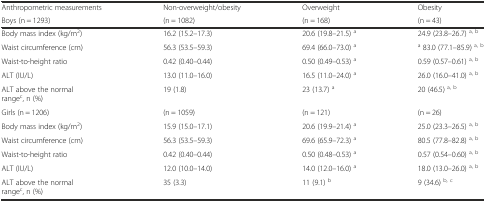
| Anthropometric measurements | Non-overweight/obesity | Overweight | Obesity |
 | Boys (n = 1293) | (n = 1082) | (n = 168) | (n = 43) |
 | --- | --- | --- | --- |
 | Body mass index (kg/m2) | 16.2 (15.2–17.3) | 20.6 (19.8–21.5) a | 24.9 (23.8–26.7) a, b |
 | Waist circumference (cm) | 56.3 (53.5–59.3) | 69.4 (66.0–73.0) a | a 83.0 (77.1–85.9) a, b |
 | Waist-to-height ratio | 0.42 (0.40–0.44) | 0.50 (0.49–0.53) a | 0.59 (0.57–0.61) a, b |
 | ALT (IU/L) | 13.0 (11.0–16.0) | 16.5 (11.0–24.0) a | 26.0 (16.0–41.0) a, b |
 | ALT above the normal rangec, n (%) | 19 (1.8) | 23 (13.7) a | 20 (46.5) a, b |
 | Girls (n = 1206) | (n = 1059) | (n = 121) | (n = 26) |
 | Body mass index (kg/m2) | 15.9 (15.0–17.1) | 20.6 (19.9–21.4) a | 25.0 (23.3–26.5) a, b |
 | Waist circumference (cm) | 56.3 (53.5–59.3) | 69.6 (65.9–72.3) a | 80.5 (77.8–82.8) a, b |
 | Waist-to-height ratio | 0.42 (0.40–0.44) | 0.50 (0.48–0.53) a | 0.57 (0.54–0.60) a, b |
 | ALT (IU/L) | 12.0 (10.0–14.0) | 14.0 (12.0–16.0) a | 18.0 (13.0–26.0) a, b |
 | ALT above the normal rangec, n (%) | 35 (3.3) | 11 (9.1) b | 9 (34.6) b, c |